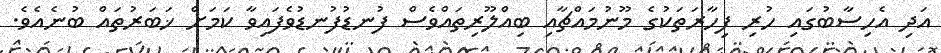
އަދި އެހިސާބުގައި ހުރި ފިހާރަތަކުގެ މޫނުމައްޗާއި ބިއްލޫރިތައްވެސް ފުނޑުފުނޑުވެފައިވާ ކަމަށް ޚަބަރުތައް ބުނެއެވެ.